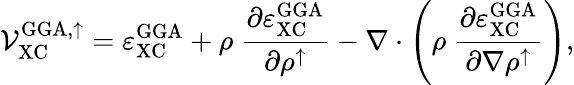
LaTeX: \mathcal{V}_{\mathrm{XC}}^{\mathrm{GGA,\uparrow}}=\varepsilon_{\mathrm{XC}}^{\mathrm{GGA}}+\rho\ \frac{\partial\varepsilon_{\mathrm{XC}}^{\mathrm{GGA}}}{\partial\rho^{\uparrow}}-\nabla\cdot\left(\rho\ \frac{\partial\varepsilon_{\mathrm{XC}}^{\mathrm{GGA}}}{\partial\nabla\rho^{\uparrow}}\right),